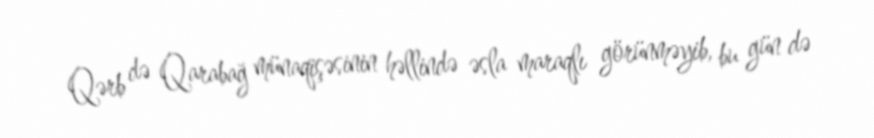
Qərb də Qarabağ münaqişəsinin həllində əsla maraqlı görünməyib, bu gün də